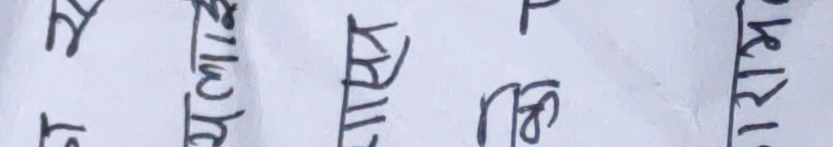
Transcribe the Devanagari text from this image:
से खाल किसान र मराठी